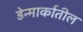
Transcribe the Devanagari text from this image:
डेन्मार्कातील